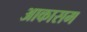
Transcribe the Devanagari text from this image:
आकासम